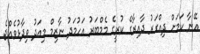
އޭނާ ކަމަށް ދިއްގަރު ދާއިރާގެ ކުރީގެ މެމްބަރު އަހުމަދު ނާޒިމް މިއަދު ވިދާޅުވެއްޖެ